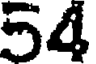
54